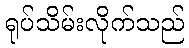
ရုပ်သိမ်းလိုက်သည်